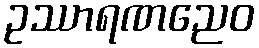
ဥဿာရဏညေဝ